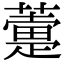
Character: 𧁏